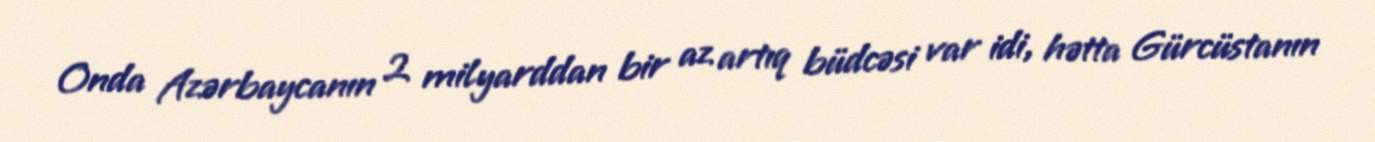
Onda Azərbaycanın 2 milyarddan bir az artıq büdcəsi var idi, hətta Gürcüstanın